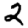
Digit: 2